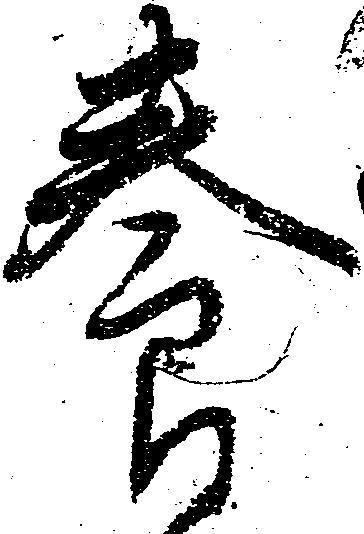
養